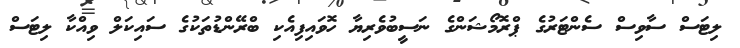
ލިޓަަސް ސާވިސް ސެންޓަރުގެ ޕްރޮމޯޝަންގެ ނަސީބުވެރިޔާ ހޮވައިފިއެކި ބްރޭންޑުތަކުގެ ސައިކަލް ވިއްކާ ލިޓަސް